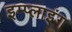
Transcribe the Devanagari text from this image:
इम्प्‍लाइंग